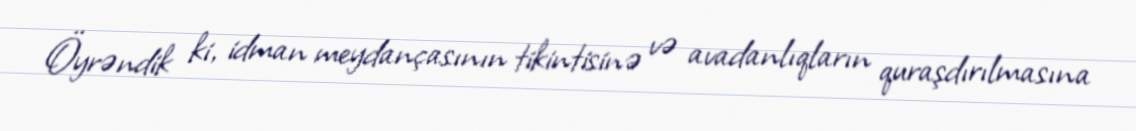
Öyrəndik ki, idman meydançasının tikintisinə və avadanlıqların quraşdırılmasına